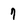
Character: 7